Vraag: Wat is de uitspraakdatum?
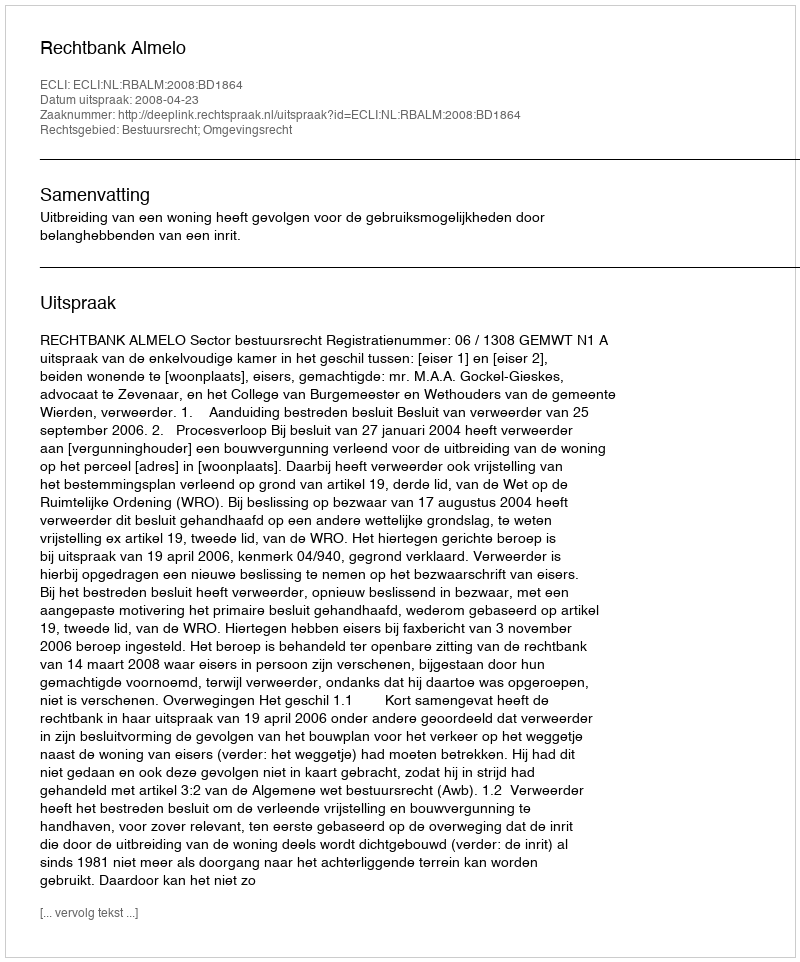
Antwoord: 2008-04-23